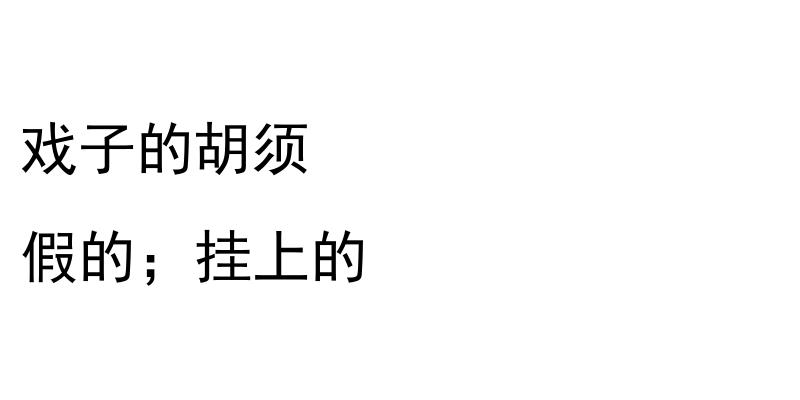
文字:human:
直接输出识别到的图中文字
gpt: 戏子的胡须 假的；挂上的